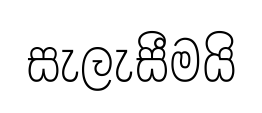
සැලැසීමයි